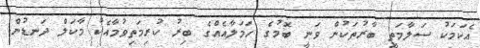
އެކަަމަކު ސަލާމަތީ ބާރުތަކުން ވަނީ ބޮމުގެ ހަމަލާއެއްގެ ބިރު ކުރިމަތިވުމާއެކު މާކަލް ދަނޑުން